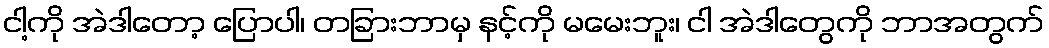
ငါ့ကို အဲဒါတော့ ပြောပါ၊ တခြားဘာမှ နင့်ကို မမေးဘူး၊ ငါ အဲဒါတွေကို ဘာအတွက်